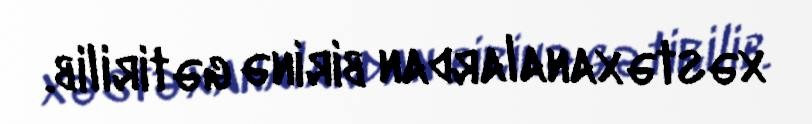
xəstəxanalardan birinə gətirilib.